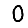
Digit: 0